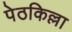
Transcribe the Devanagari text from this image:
पेठकिल्ला